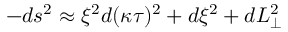
- d s ^ { 2 } \approx \xi ^ { 2 } d ( \kappa \tau ) ^ { 2 } + d \xi ^ { 2 } + d L _ { \perp } ^ { 2 }